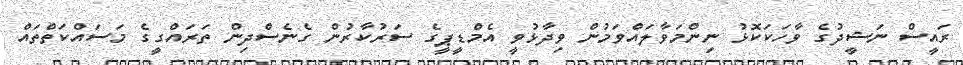
ރައީސް ނަޝީދުގެ ވާހަކަކޮޅު ނިންމަވާލައްވަމުން ވިދާޅުވީ އެމްޑީޕީގެ ސަރުކާރުން ގެނެސްދިން ތަރައްގީގެ މަސައްކަތްތައް